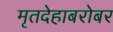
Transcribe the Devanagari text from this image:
मृतदेहाबरोबर